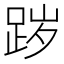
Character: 𰸊